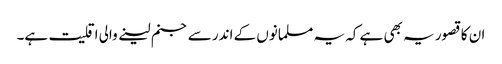
ان کا قصور یہ بھی ہے کہ یہ مسلمانوں کے اندر سے جنم لینے والی اقلیت ہے۔